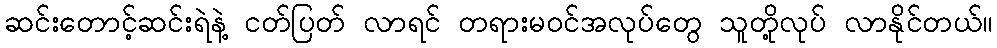
ဆင်းတောင့်ဆင်းရဲနဲ့ ငတ်ပြတ် လာရင် တရားမဝင်အလုပ်တွေ သူတို့လုပ် လာနိုင်တယ်။